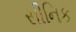
સીનિક